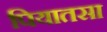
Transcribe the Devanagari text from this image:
पियातसा